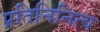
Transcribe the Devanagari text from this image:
प्रतिनिनित्व